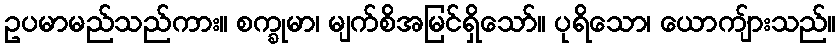
ဥပမာမည်သည်ကား။ စက္ခုမာ၊ မျက်စိအမြင်ရှိသော်။ ပုရိသော၊ ယောကျ်ားသည်။